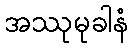
အဿုမုခါနံ